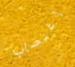
إغتصاب